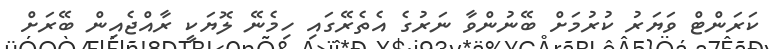
ކަރަންޓް ވަޔަރު ކުރުމަށް ބޭނުންވާ ނަރުގެ އެތެރޭގައި ހިމެނޭ ލޮޔަކީ ރާއްޖެއިން ބޭރަށް